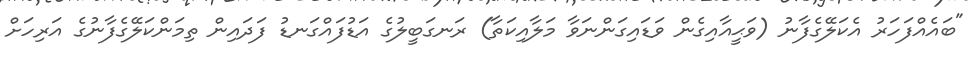
"ބައެއްފަހަރު އެކަލޭގެފާނު (ވަޙީއާއިގެން ވަޑައިގަންނަވާ މަލާއިކަތާ) ރަނގަބީލުގެ އަޑުފައްގަނޑު ފަދައިން ތިމަންކަލޭގެފާނުގެ އަރިހަށް